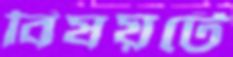
বিষয়টে